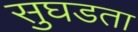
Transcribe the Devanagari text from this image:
सुघडता